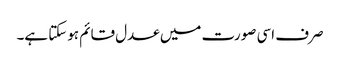
صرف اسی صورت میں عدل قائم ہوسکتا ہے۔